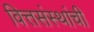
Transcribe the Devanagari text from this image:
वित्तसंस्थांची